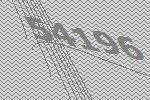
54196